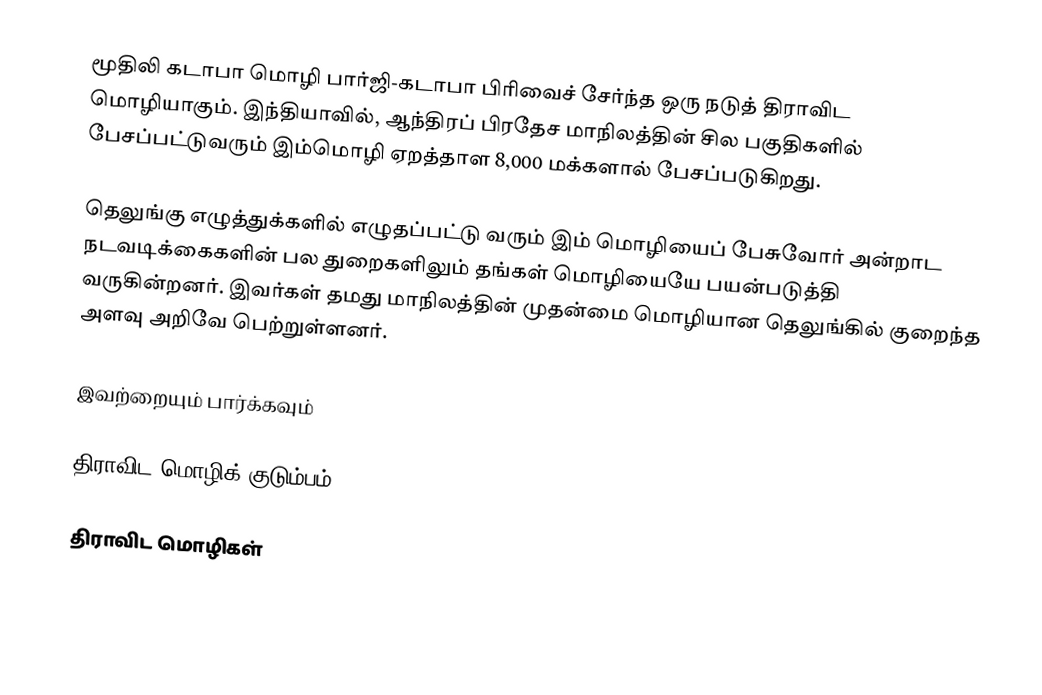
மூதிலி கடாபா மொழி பார்ஜி-கடாபா பிரிவைச் சேர்ந்த ஒரு நடுத் திராவிட மொழியாகும். இந்தியாவில், ஆந்திரப் பிரதேச மாநிலத்தின் சில பகுதிகளில் பேசப்பட்டுவரும் இம்மொழி ஏறத்தாள 8,000 மக்களால் பேசப்படுகிறது.

தெலுங்கு எழுத்துக்களில் எழுதப்பட்டு வரும் இம் மொழியைப் பேசுவோர் அன்றாட நடவடிக்கைகளின் பல துறைகளிலும் தங்கள் மொழியையே பயன்படுத்தி வருகின்றனர். இவர்கள் தமது மாநிலத்தின் முதன்மை மொழியான தெலுங்கில் குறைந்த அளவு அறிவே பெற்றுள்ளனர்.

இவற்றையும் பார்க்கவும்

 திராவிட மொழிக் குடும்பம்

திராவிட மொழிகள்